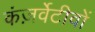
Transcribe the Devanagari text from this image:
कंज़र्वेटीवों